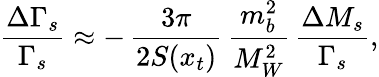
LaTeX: \frac{\Delta\Gamma_{s}}{\Gamma_{s}}\approx-\, \frac{3\pi}{2S(x_{t})}\, \frac{m_{b}^{2}}{M_{W}^{2}}\, \frac{\Delta M_{s}}{\Gamma_{s}},